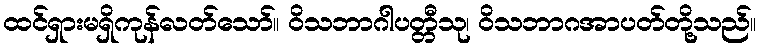
ထင်ရှားမရှိကုန်လတ်သော်။ ဝိသဘာဂါပတ္တီသု၊ ဝိသဘာဂအာပတ်တို့သည်။